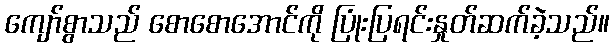
ကျော်စွာသည် စောစောအောင်ကို ပြုံးပြရင်းနှုတ်ဆက်ခဲ့သည်။